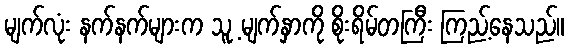
မျက်လုံး နက်နက်များက သူ့ မျက်နှာကို စိုးရိမ်တကြီး ကြည့်နေသည်။